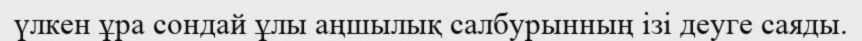
үлкен ұра сондай ұлы аңшылық салбурынның ізі деуге саяды.